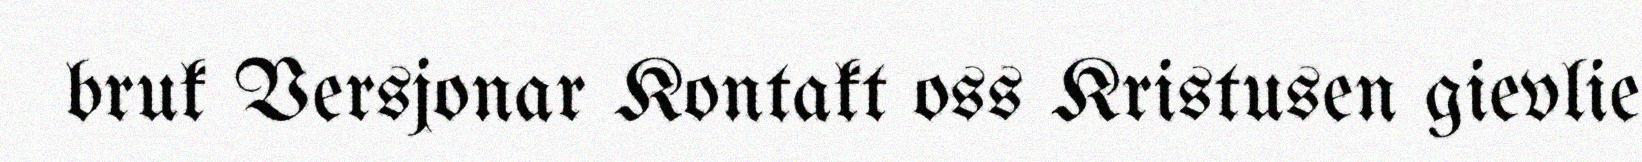
bruk Versjonar Kontakt oss Kristusen gievlie